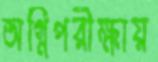
অগ্নিপরীক্ষায়